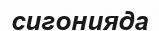
сигонияда